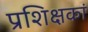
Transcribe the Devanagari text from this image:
प्रशिक्षकां